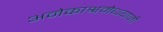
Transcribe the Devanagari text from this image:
अनेकाश्वमेधयाजी